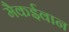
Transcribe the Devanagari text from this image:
मैकईवान